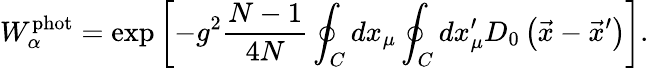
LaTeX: W_{\alpha}^{\mathrm{phot}}=\exp\left[-g^{2}\frac{N-1}{4N}\oint_{C}^{}dx_{\mu}\oint_{C}^{}dx_{\mu}^{\prime}D_{0}\left(\vec{x}-\vec{x}^{\prime}\right)\right].